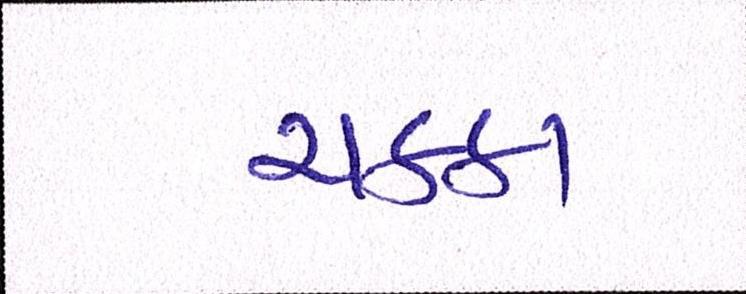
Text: ચક્કા